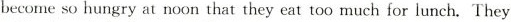
become so hungry at noon that they eat too much for lunch. They